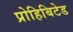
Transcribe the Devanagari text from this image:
प्रोहिबिटेड